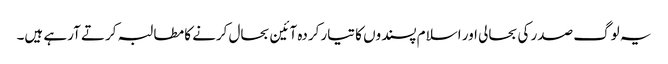
یہ لوگ صدر کی بحالی اور اسلام پسندوں کا تیار کردہ آئین بحال کرنے کا مطالبہ کرتے آرہے ہیں۔